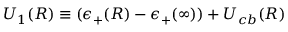
U _ { 1 } ( R ) \equiv ( \epsilon _ { + } ( R ) - \epsilon _ { + } ( \infty ) ) + U _ { c b } ( R )